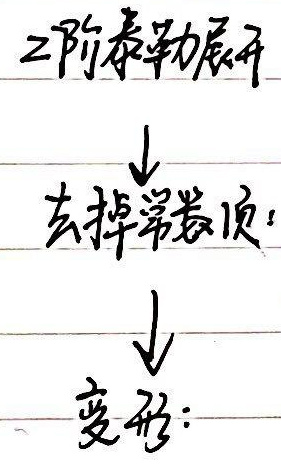
二阶常系数齐次\\
$\downarrow$\\
去掉常数项\\
$\downarrow$\\
变形: